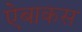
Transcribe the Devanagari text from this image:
ऐबाकस